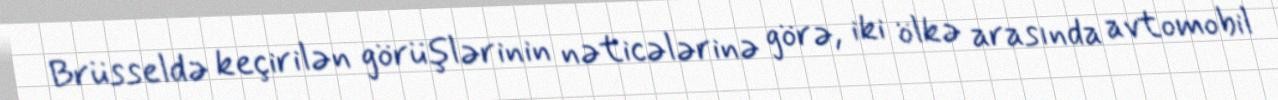
Brüsseldə keçirilən görüşlərinin nəticələrinə görə, iki ölkə arasında avtomobil